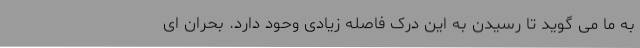
به ما می گوید تا رسیدن به این درک فاصله زیادی وحود دارد. بحران ای